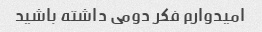
امیدوارم فکر دومی داشته باشید